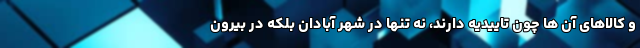
و کالاهای آن ها چون تاییدیه دارند، نه تنها در شهر آبادان بلکه در بیرون